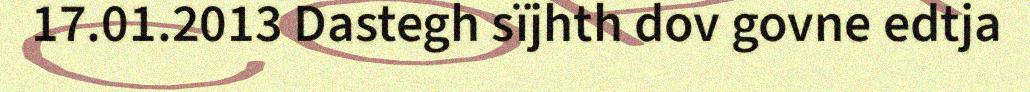
17.01.2013 Dastegh sïjhth dov govne edtja